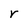
Character: r